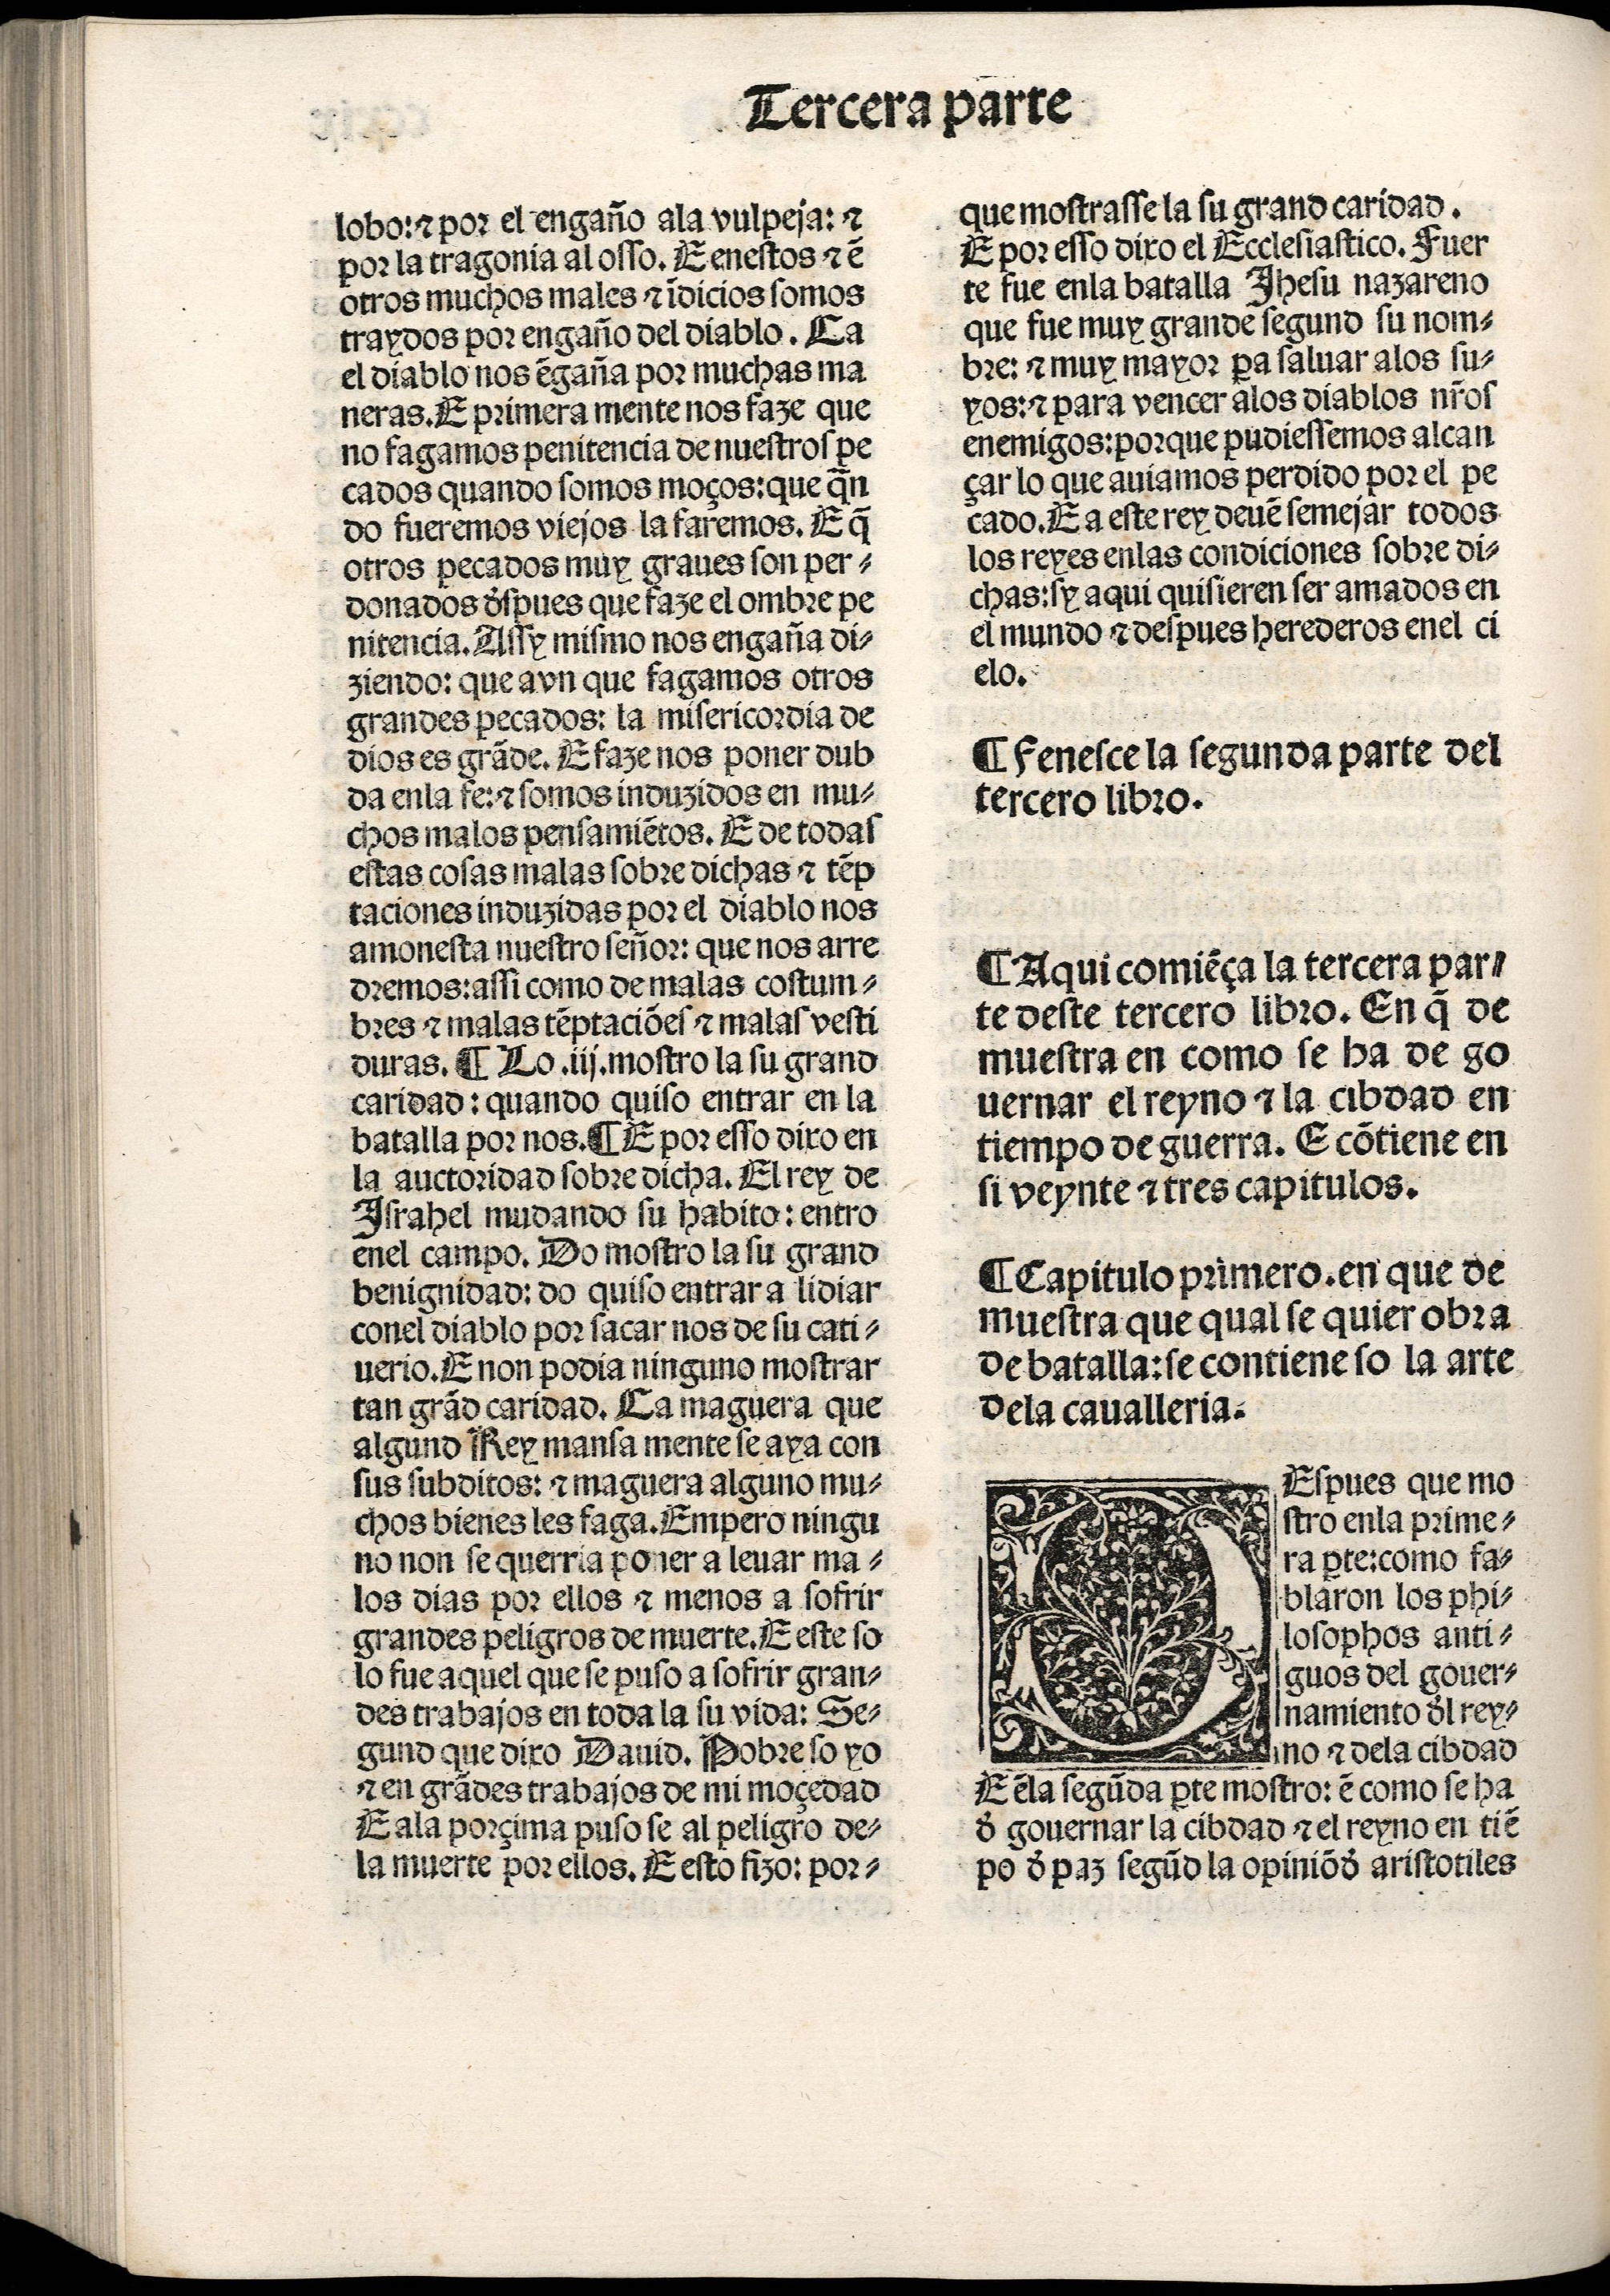
Shelfmark: Madrid, BNE, Inc. 901
Century: 15